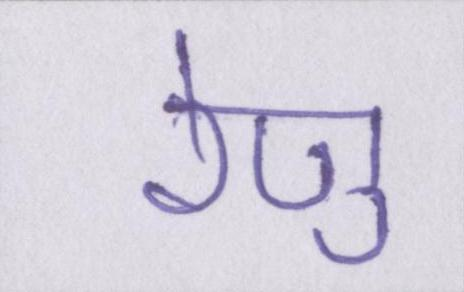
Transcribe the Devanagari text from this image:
रेणु